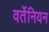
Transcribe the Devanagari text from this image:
वर्तेनियन